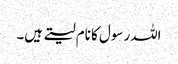
اللہ رسول کا نام لیتے ہیں۔